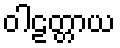
ဝါဠတ္တာယ